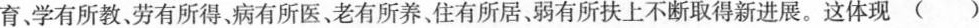
育、学有所教、劳有所得、病有所医、老有所养、住有所居、弱有所扶上不断取得新进展。这体现()